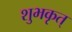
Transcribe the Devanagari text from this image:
शुभकृत्